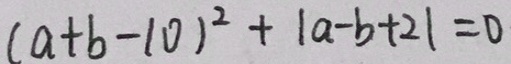
( a + b - 1 0 ) ^ { 2 } + \vert a - b + 2 \vert = 0